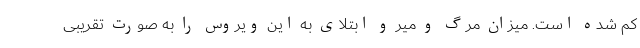
کم شده است. میزان مرگ و میر و ابتلای به این ویروس را به صورت تقریبی